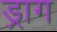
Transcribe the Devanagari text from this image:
ड्राग